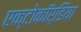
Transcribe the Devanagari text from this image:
एक्टोकॉर्डिया